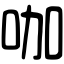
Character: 咖